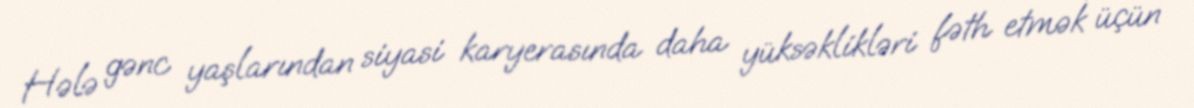
Hələ gənc yaşlarından siyasi karyerasında daha yüksəklikləri fəth etmək üçün